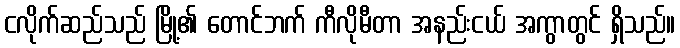
ငလိုက်ဆည်သည် မြို့၏ တောင်ဘက် ကီလိုမီတာ အနည်းငယ် အကွာတွင် ရှိသည်။